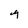
Character: y